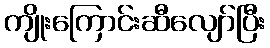
ကျိုးကြောင်းဆီလျော်ပြီး